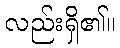
လည်းရှိ၏။